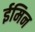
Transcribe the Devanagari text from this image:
ईमिन